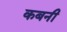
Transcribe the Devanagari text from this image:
कबनी